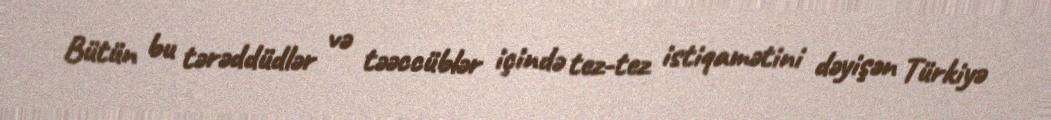
Bütün bu tərəddüdlər və təəccüblər içində tez-tez istiqamətini dəyişən Türkiyə